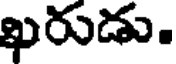
ఖరుడు.